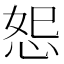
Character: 𪫴